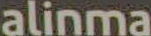
alinma